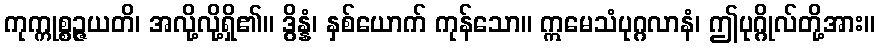
ကုက္ကုစ္စဉ္ဇယတိ၊ အလို့လို့ရှိ၏။ ဒွိန္နံ၊ နှစ်ယောက် ကုန်သော။ ဣမေသံပုဂ္ဂလာနံ၊ ဤပုဂ္ဂိုလ်တို့အား။